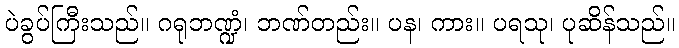
ပဲခွပ်ကြီးသည်။ ဂရုဘဏ္ဍံ၊ ဘဏ်တည်း။ ပန၊ ကား။ ပရသု၊ ပုဆိန်သည်။